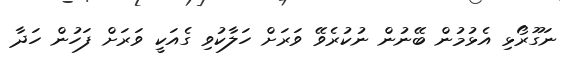
ނަގޫރޯޅި އެޅުމުން ބޭނުން ނުކުރެވޭ ވަރަށް ހަލާކުވި ގެއަކީ ވަރަށް ފަހުން ހަދާ